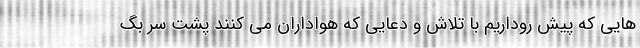
هایی که پیش روداریم با تلاش و دعایی که هواداران می کنند پشت سر بگ